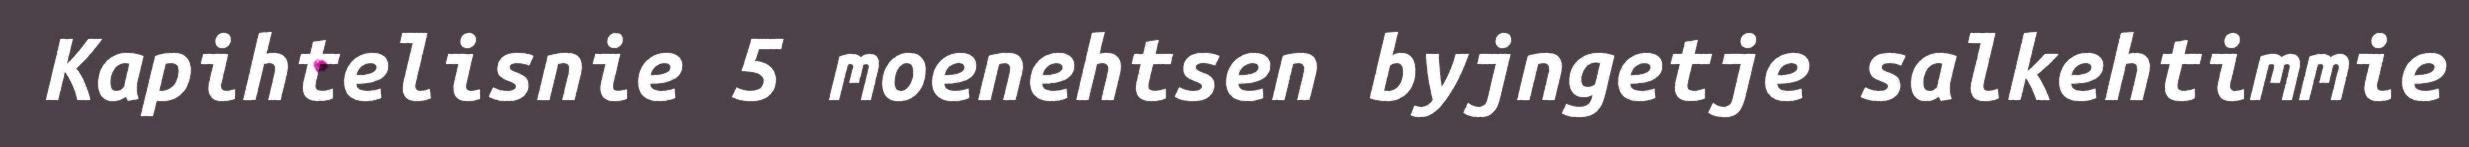
Kapihtelisnie 5 moenehtsen byjngetje salkehtimmie